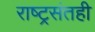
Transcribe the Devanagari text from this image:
राष्ट्रसंतही